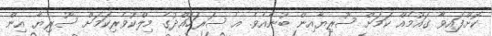
ކޮށްފައިވާ ގައުމެއް ކަމަށް ސޫރިޔާއިން ބުނެއެވެ. އެ ސަރަހައްދުގެ މިލްކުވެރިކަމަށް ސޫރިޔާ އިން